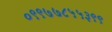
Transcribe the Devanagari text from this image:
०९९७७८५५३९९